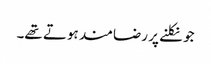
جو نکلنے پر رضامند ہوتے تھے۔